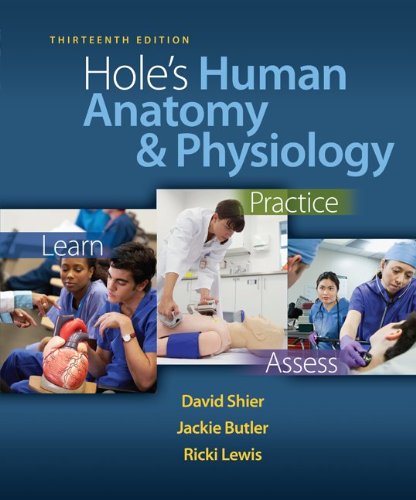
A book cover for Hole's Human Anatomy & Physiology, 13th Edition; David Shier; Medical Books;